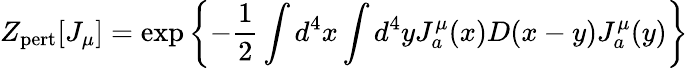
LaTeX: Z_{\mathrm{pert}}[J_{\mu}]=\exp\left\{ -{\frac{1}{2}}\int d^{4}x\int d^{4}yJ_{a}^{\mu}(x)D(x-y)J_{a}^{\mu}(y)\right\}